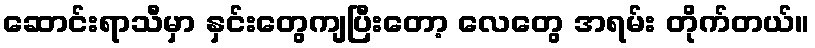
ဆောင်းရာသီမှာ နှင်းတွေကျပြီးတော့ လေတွေ အရမ်း တိုက်တယ်။